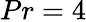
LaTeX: Pr=4